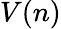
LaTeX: V(n)